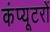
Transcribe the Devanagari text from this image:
कंप्‍यूटरों